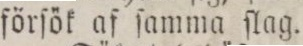
förſök af ſamma ſlag.